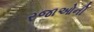
રજાઓની